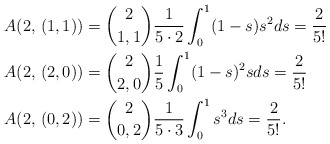
\begin{align*}A(2,\, (1,1))&= {2 \choose 1,1}\frac{1}{5\cdot 2}\int_{0}^{1}(1-s)s^2ds=\frac{2}{5!} \\A(2,\, (2,0))&= {2 \choose 2,0}\frac{1}{5}\int_{0}^{1}(1-s)^2sds= \frac{2}{5!}\\A(2,\, (0,2))&={2 \choose 0,2}\frac{1}{5\cdot3}\int_{0}^{1}s^3ds=\frac{2}{5!}.\end{align*}